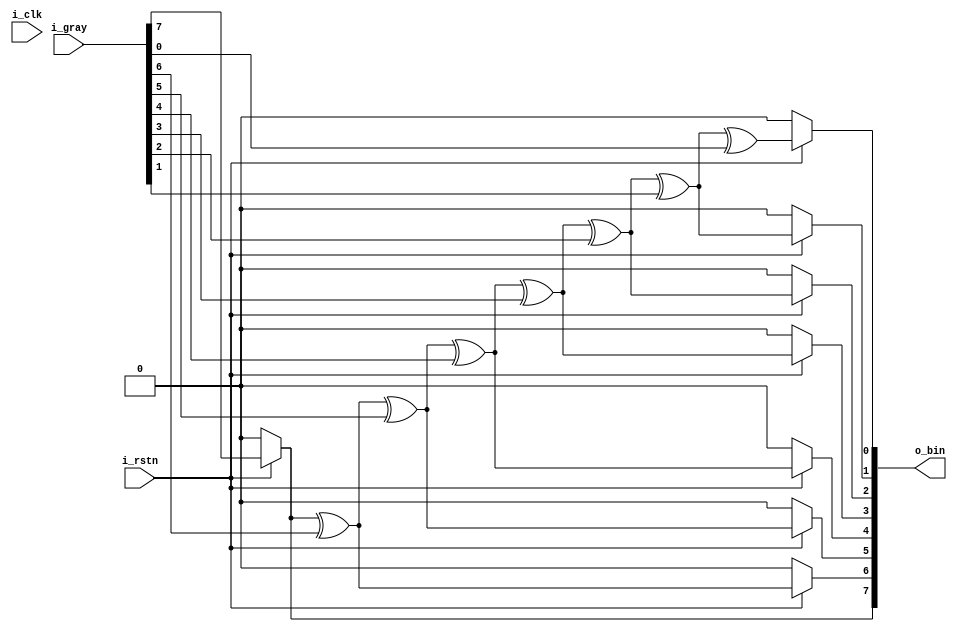
module gray_to_bin 
#(
	parameter	NBIT	= 8												//input data size
)(
	output reg	[NBIT-1 : 0]	o_bin,
	input		[NBIT-1 : 0]	i_gray,
	input						i_clk,
	input						i_rstn
);

	integer i;

	always @(*) begin
		if(!i_rstn) begin
			o_bin <= 0;													//RESET
		end else begin
		o_bin[NBIT-1] <= i_gray[NBIT-1];								//MSB
			for(i=2;i<NBIT+1;i++) begin
				o_bin[NBIT-i] = o_bin[NBIT-i+1] ^ i_gray[NBIT-i];
			end
		end
	end

endmodule